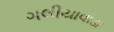
ગલીયાવાડા